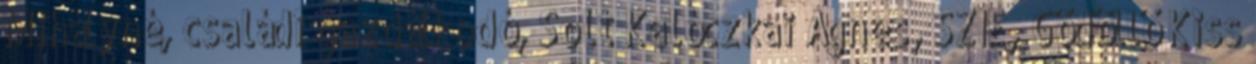
Mihályné, családi gazdálkodó, Solt Kalóczkai Ágnes, SZIE, Gödöllő Kiss